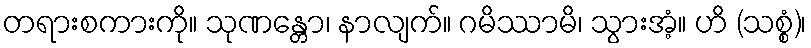
တရားစကားကို။ သုဏန္တော၊ နာလျက်။ ဂမိဿာမိ၊ သွားအံ့။ ဟိ (သစ္စံ)၊